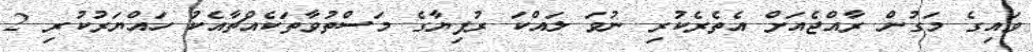
ވައިގެ މަގުން ރާއްޖެއަށް އެތެރެކުރި ނުވަ ލައްކަ ރުފިޔާގެ މަސްތުވާތަކެއްޗާއެކު ހައްޔަރުކުރި 2